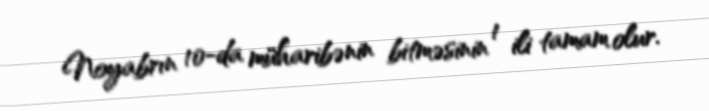
Noyabrın 10-da müharibənin bitməsinin 1 ili tamam olur.